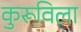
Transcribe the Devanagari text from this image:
कुरूविला